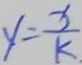
y = \frac { x } { k }